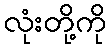
လုံးတို့ကို